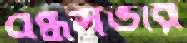
বন্ধসভার